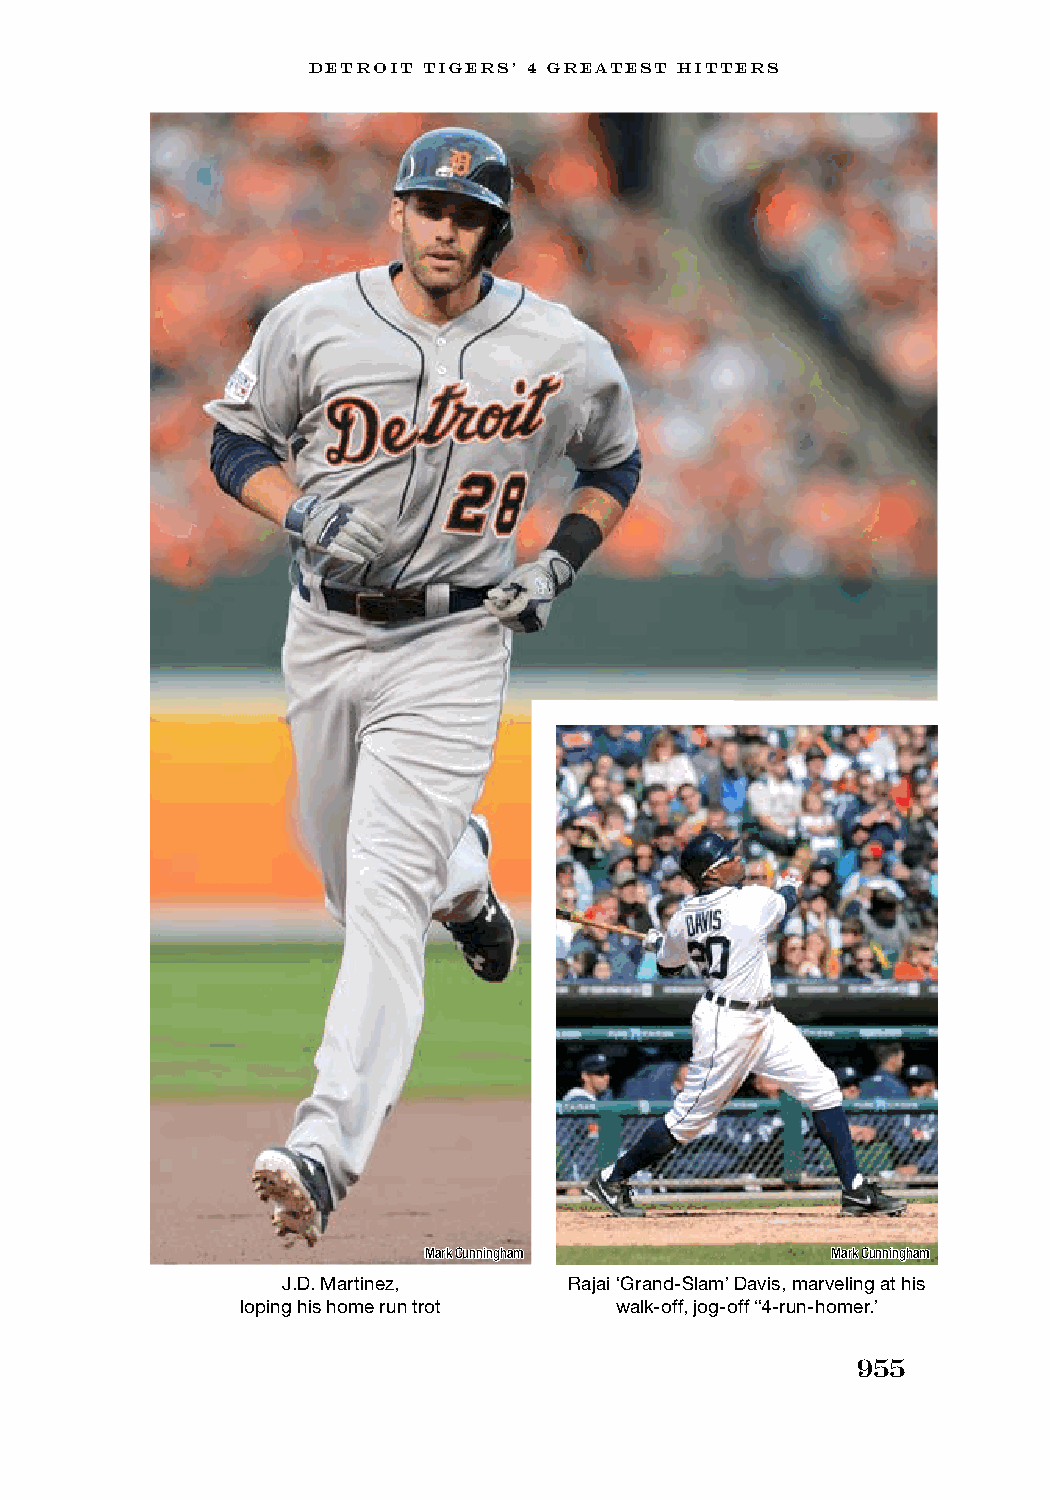
DETROIT TIGERS’ 4 GREATEST HITTERS
 Mark Cunningham            Mark Cunningham
 J.D. Martinez,     Rajai ‘Grand-Slam’ Davis, marveling at his
 loping his home run trot walk-off, jog-off “4-run-homer.’
 955